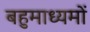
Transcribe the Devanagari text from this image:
बहुमाध्यमों